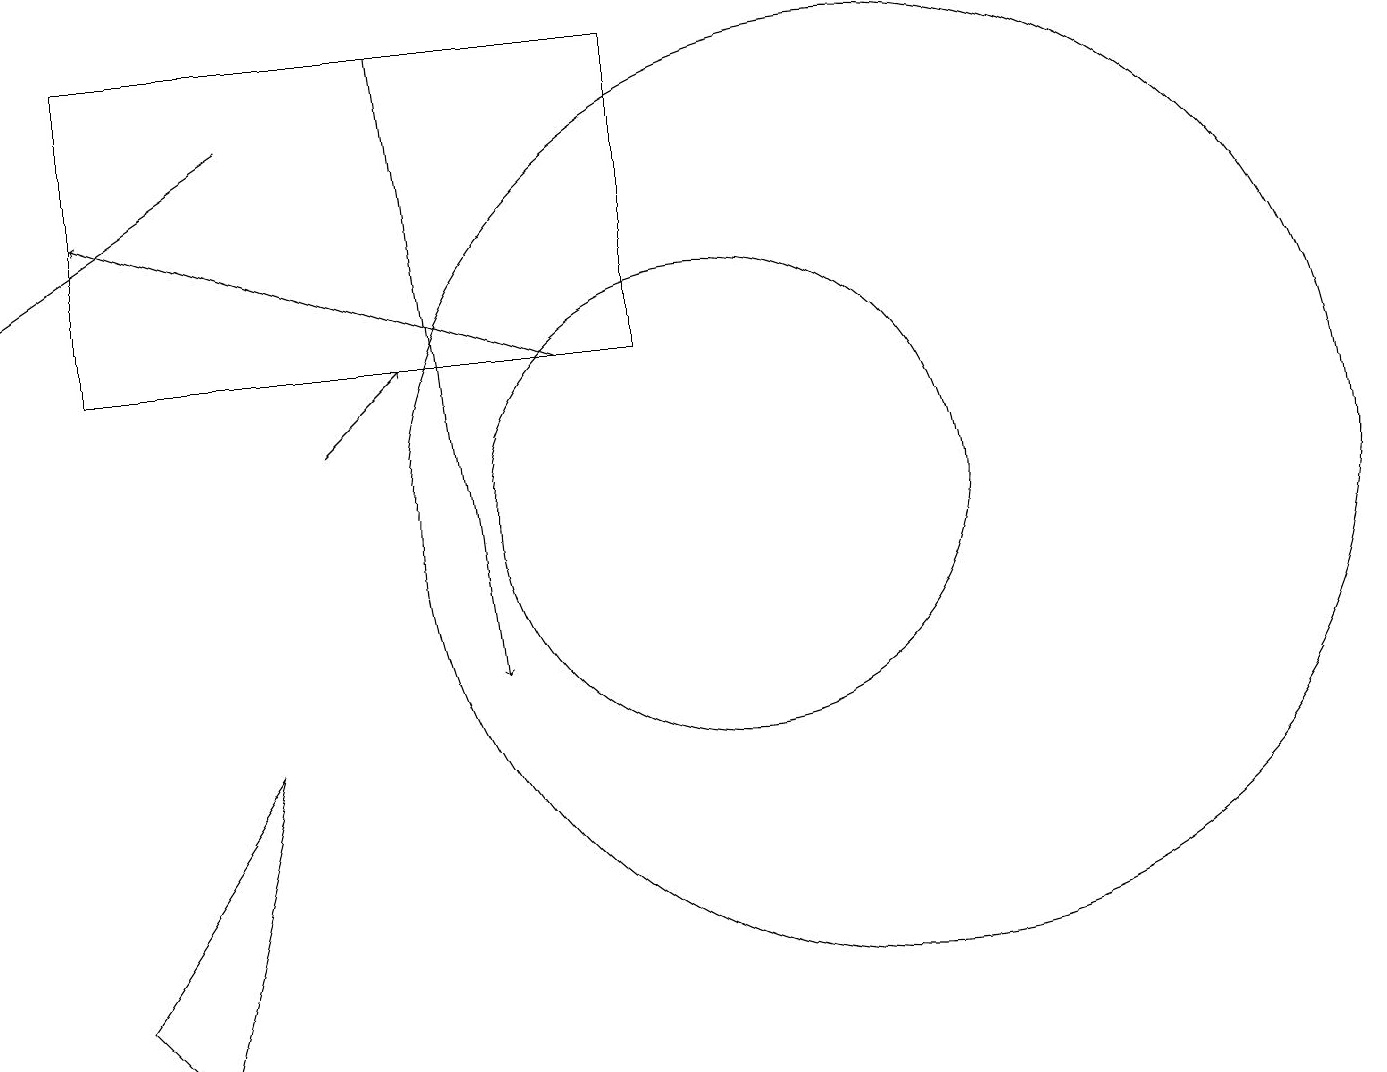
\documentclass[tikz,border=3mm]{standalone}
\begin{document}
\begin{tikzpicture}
\draw[->] (8,14) -- (2,16);
\draw (10,12) circle (3);
\draw (12,12) circle (6);
\draw (3,5) -- (4,9) -- (2,6) -- cycle;
\draw[->] (6,18) -- (7,10);
\draw[->] (5,13) -- (6,14);
\draw[->] (4,17) -- (1,15);
\draw (2,14) rectangle (9,18);
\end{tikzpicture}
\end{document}